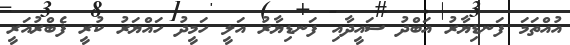
އުއްތަމަ ފަނޑިޔާރު އަބްދު ސައީދާއި ފަނޑިޔާރު އަލީ ހަމީދު ހައްޔަރު ކުރީ ފެބްރުއަރީ